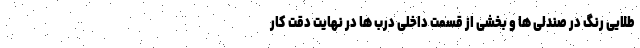
طلایی رنگ در صندلی ها و بخشی از قسمت داخلی درب ها در نهایت دقت کار